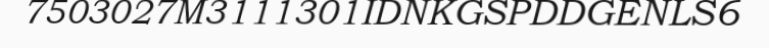
7503027M3111301IDNKGSPDDGENLS6